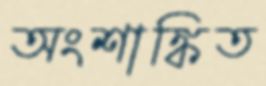
অংশাঙ্কিত